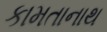
કામતાનાથ